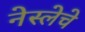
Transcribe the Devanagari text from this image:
नेस्लेचे